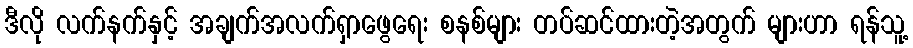
ဒီလို လက်နက်နှင့် အချက်အလက်ရှာဖွေရေး စနစ်များ တပ်ဆင်ထားတဲ့အတွက် များဟာ ရန်သူ့